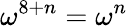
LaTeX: \omega^{8+n}=\omega^{n}